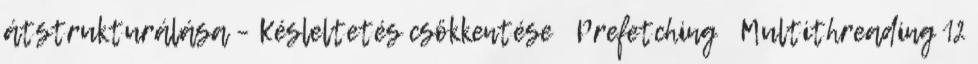
átstrukturálása – Késleltetés csökkentése ● Prefetching ● Multithreading 12